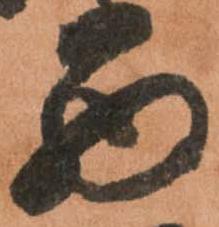
西